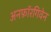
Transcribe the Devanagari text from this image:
अनफ़ॉरगिवेन